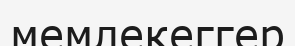
мемлекеггер